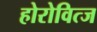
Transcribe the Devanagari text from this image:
होरोवित्ज